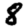
Digit: 8